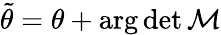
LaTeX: \tilde{\theta}=\theta+\mathrm{arg}\operatorname*{det}{\cal M}